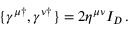
\{ \gamma ^ { \mu \dagger } , \gamma ^ { \nu \dagger } \} = 2 \eta ^ { \mu \nu } I _ { D } \, .